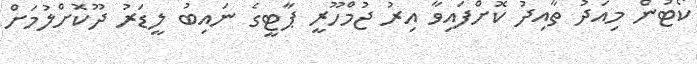
ކޯޓުން މިއަދު ތާއިދު ކޮށްފައިވާ އިރު ޖުމްހޫރީ ޕާޓީގެ ނައިބު ލީޑަރު ދޫކޮށްލުމަށް